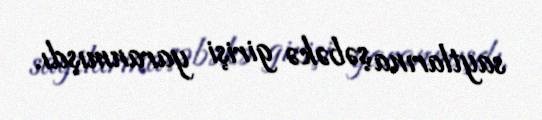
saytlarına şəbəkə girişi yaranmışdı.